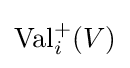
\operatorname {Val} _{i}^{+}(V)